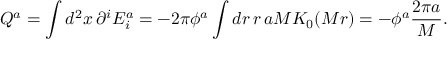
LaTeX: Q ^ { a } = \int d ^ { 2 } x \, \partial ^ { i } E _ { i } ^ { a } = - 2 \pi \phi ^ { a } \int d r \, r \, a M K _ { 0 } ( M r ) = - \phi ^ { a } \frac { 2 \pi a } { M } .